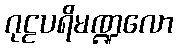
ဂုဠပရိမဏ္ဍလော